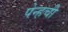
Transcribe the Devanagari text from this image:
पेन्हची